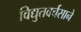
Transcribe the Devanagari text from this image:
विद्युतवर्चसाने